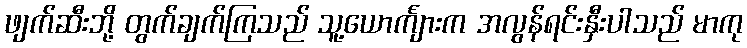
ဖျက်ဆီးဘို့ တွက်ချက်ကြသည် သူ့ယောင်္ကျားက အလွန်ရင်းနှီးပါသည် မာကု